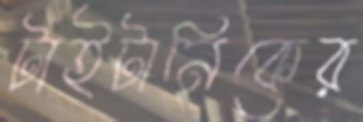
টাইটানিকের